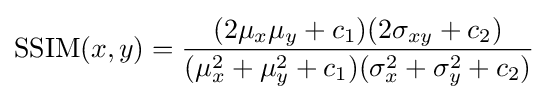
{\hbox{SSIM}}(x,y)={\frac {(2\mu _{x}\mu _{y}+c_{1})(2\sigma _{xy}+c_{2})}{(\mu _{x}^{2}+\mu _{y}^{2}+c_{1})(\sigma _{x}^{2}+\sigma _{y}^{2}+c_{2})}}